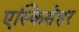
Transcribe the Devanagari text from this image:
एस्किसेहर